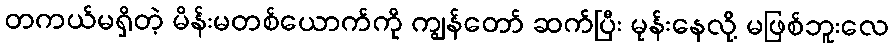
တကယ်မရှိတဲ့ မိန်းမတစ်ယောက်ကို ကျွန်တော် ဆက်ပြီး မုန်းနေလို့ မဖြစ်ဘူးလေ